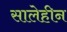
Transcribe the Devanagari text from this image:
सालेहीन